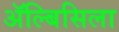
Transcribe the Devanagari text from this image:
ॲल्बिसिला